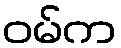
ဝမ်က